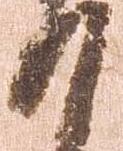
謹